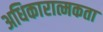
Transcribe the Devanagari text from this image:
अधिकारात्मकता